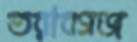
তরাবগঞ্জ